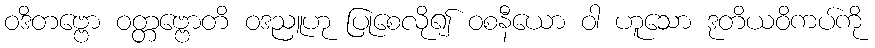
ဝဒိတဗ္ဗော ဝတ္တဗ္ဗောတိ ဝဒညူဟု ပြုစေလို၍ ဝစနီယော ဝါ ဟူသော ဒုတိယဝိကပ်ကို